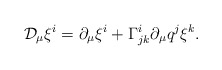
\begin{align*}{\cal D}_\mu\xi^i=\partial_\mu\xi^i+\Gamma^i_{jk}\partial_\mu q^j \xi^k.\end{align*}